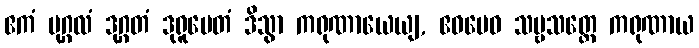
ဧကံ ပုဂ္ဂလံ ဒုဂ္ဂတံ ဒုရူပေတံ ဒိသွာ ကရုဏာယေယျ, ဧဝမေဝ သဗ္ဗသတ္တေ ကရုဏာယ